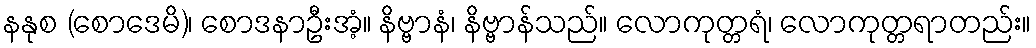
နနုစ (စောဒေမိ)၊ စောဒနာဦးအံ့။ နိဗ္ဗာနံ၊ နိဗ္ဗာန်သည်။ လောကုတ္တရံ၊ လောကုတ္တရာတည်း။